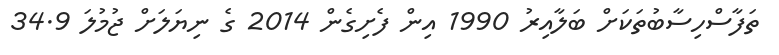
ތަފާސްހިސާބުތަކަށް ބަލާއިރު 1990 އިން ފެށިގެން 2014 ގެ ނިޔަލަށް ޖުމުލަ 34.9